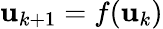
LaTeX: \mathbf{u}_{k+1}=f(\mathbf{u}_{k})